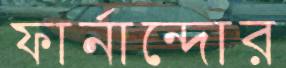
ফার্নান্দোর